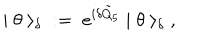
LaTeX: | \; \theta \; \rangle _ { \delta } \; : = \; e ^ { i \delta \tilde { Q } _ { 5 } } \; | \; \theta \; \rangle _ { \delta } \; ,